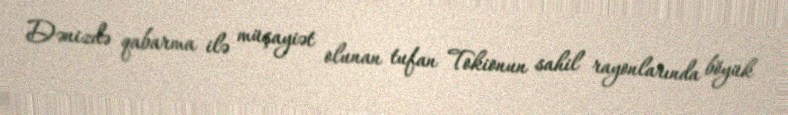
Dənizdə qabarma ilə müşayiət olunan tufan Tokionun sahil rayonlarında böyük